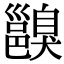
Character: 𨞑